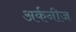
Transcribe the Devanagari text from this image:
अर्कनीज